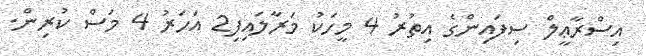
އިސްރާޢީލް ސިފައިންގެ އިތުރު 4 މީހަކު މަރާލައިފި2 އަހަރު 4 މަސް ކުރިން.